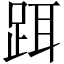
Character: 𬦮